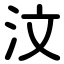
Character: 汶